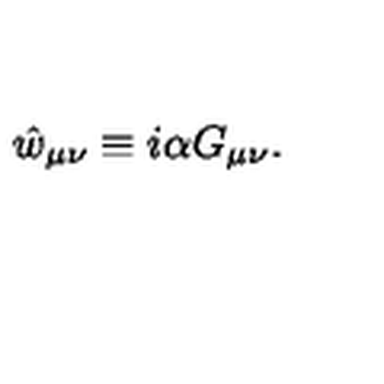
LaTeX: \hat { w } _ { \mu \nu } \equiv i \alpha G _ { \mu \nu } .